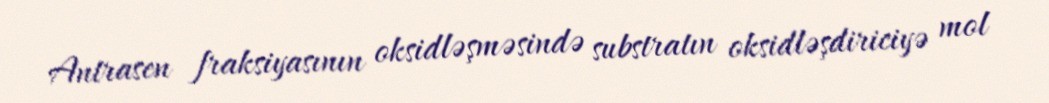
Antrasen fraksiyasının oksidləşməsində substratın oksidləşdiriciyə mol